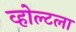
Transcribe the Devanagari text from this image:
व्होल्टला